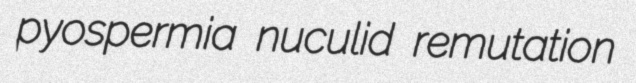
pyospermia nuculid remutation